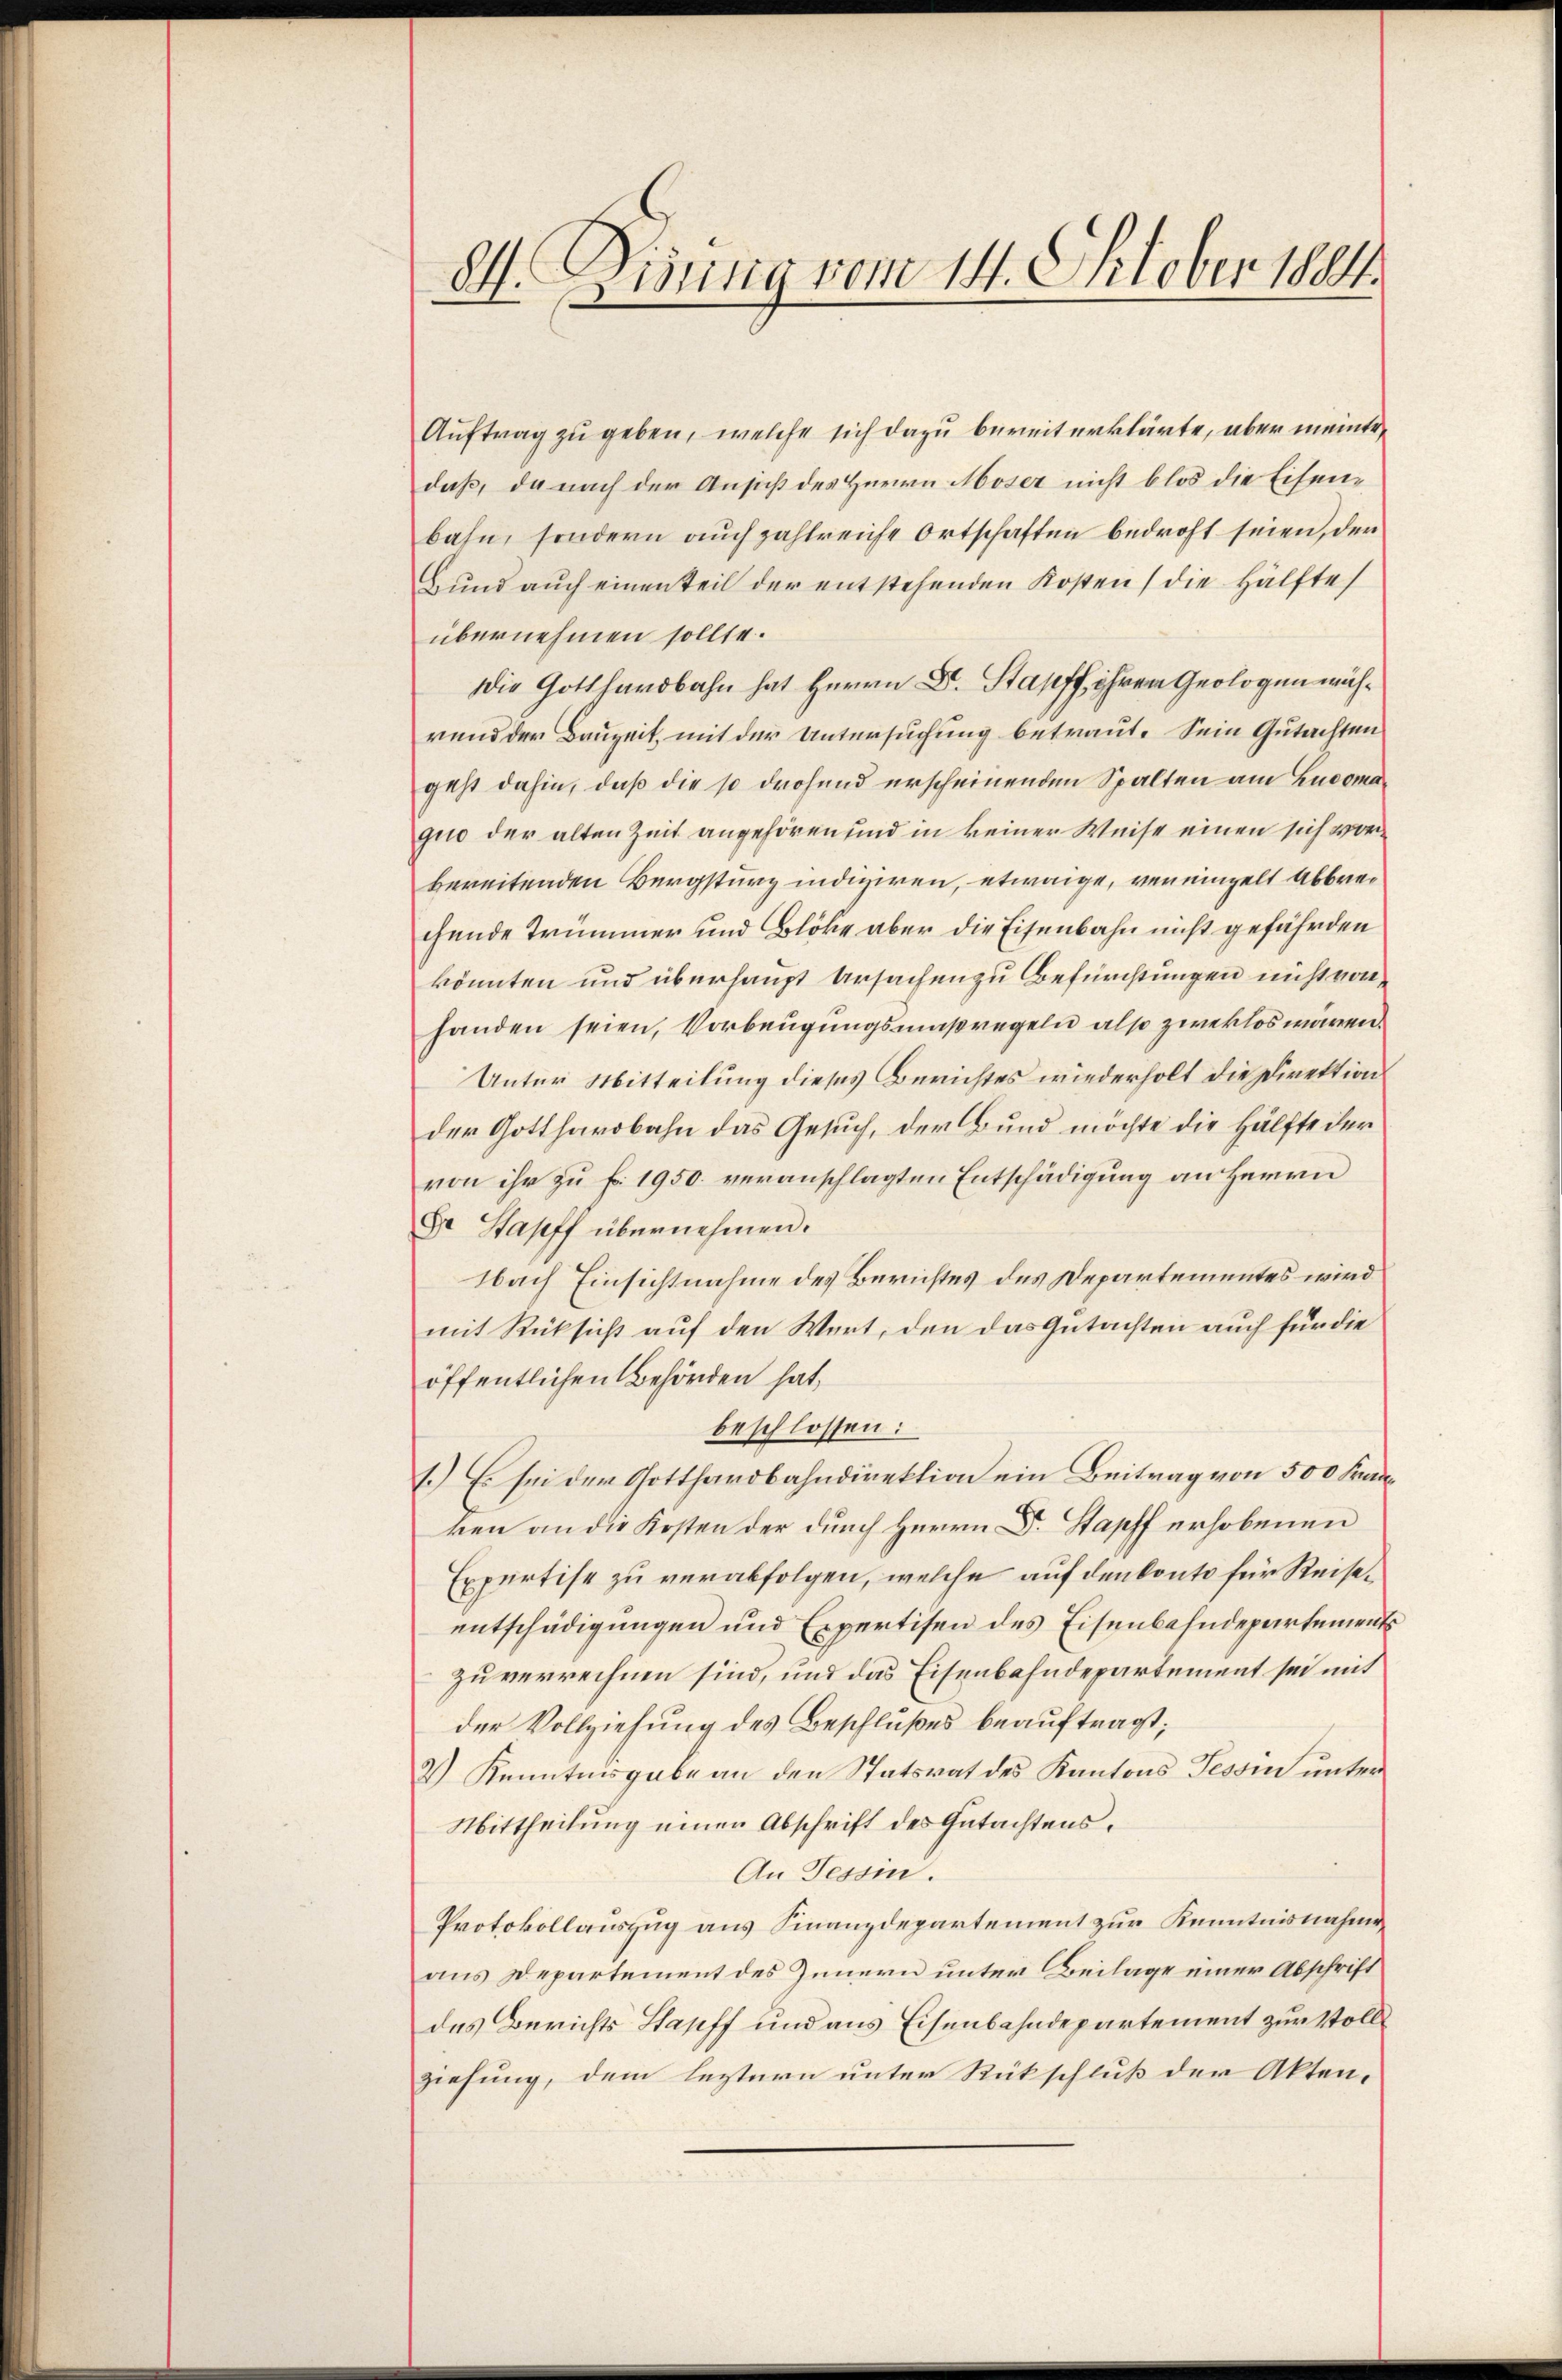
84. Disung vom 14. Oktober 1884.

Auftrag zu geben, welche sich dazu bereit erklärte, aber meinte
daß, da nach der Ansucht des Herrn Moser nicht blos die Eisenbahn, sondern auch zahlreiche Ortschaften bedroht seien, der
Bund auch einen Teil der entstehenden Kosten (die Hälfte
übernehmen sollte.
Die Gotthardbahn hat Herrn Dr. Stapff ihrem Geologen währund der Bauzeit, mit der Untersuchung betraut. Sein Gutachten
geht dahin, daß die so drohend erscheinenden Spalten am Lucoma
quo der alten Zeit angehören und in keiner Weise einen sich vorbereitenden Bergsturz indiziren, etwaige, vereinzelt Abbrechende Trümmer und Blöke aber die Eisenbahn nicht gefährden
könnten und überhaupt Ursachen zu Befürchtungen nicht von
handen seien, Vorbeugungsmaßregeln also zweklos waren.
Unter Mitteilung dieses Berichtes wiederholt die Direktion
der Gotthardbahn das Gesuch, der Bund möchte die Hälfte der
von ihr zu f. 1950. veranschlagten Entschädigung an Herrn
Dr Stapff übernehmen.
Nach Einsichtnahme des Berichtes des Departementes wird
mit Rücksicht auf den Wert, den das Gutachten auch für die
öffentlichen Behörden hat,
beschlossen:
1) Es sei der Gotthardbahndirektion ein Beitrag von 500 Frau
ken an die Kosten der durch Herrn D. Stapff erhobenen
Expertise zu verabfolgen, welche auf den konto für Reiseentschädigungen und Expertisen des Eisenbahndepartements
zu verrechnen sind, und das Eisenbahndepartement sei mit
der Vollziehung des Beschlußes beauftragt;
2.) Kenntnisgabe an den Statsrat des Kantons Tessin unter
Mittheilung einen Abschrift des Gutachtens¬
An Tessin.
Protokollauszug aus Finanzdepartement zur Kenntnisnahme
aus Departement des Innern unter Beilage einer Abschrift
des Berichts Stapff und aus Eisenbahndepartement zur Vollziehung, dem leztern unter Rückschluß der Akten,